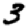
Digit: 3